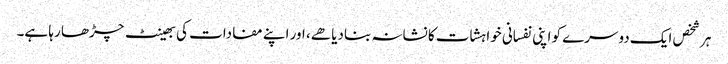
ہر شخص ایک دوسرے کو اپنی نفسانی خواہشات کا نشانہ بنادیا هے، اور اپنے مفادات کی بھینٹ چڑھا رہا ہے۔